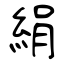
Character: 絹